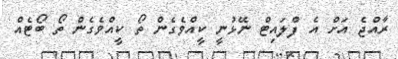
ރާއްޖެ އަށް އެ ފްލައިޓް ނޭޅުނީ ކީއްވެގެން ތޯ ކީއްވެގެން ތޯ ބޯޓެއް